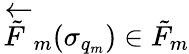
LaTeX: \overleftarrow{\tilde{F}}_{m}(\sigma_{q_{m}})\in\tilde{F}_{m}